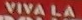
VIVALA